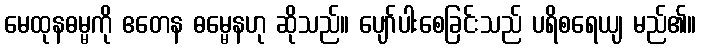
မေထုနဓမ္မကို ဧတေန ဓမ္မေနဟု ဆိုသည်။ ပျော်ပါးစေခြင်းသည် ပရိစရေယျ မည်၏။